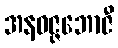
အနဝဇ္ဇဘောဇီ